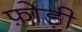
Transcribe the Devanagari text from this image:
फ़ोड़ी